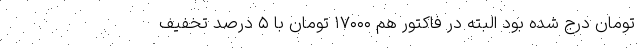
تومان درج شده بود البته در فاکتور هم ۱۷۰۰۰ تومان با ۵ درصد تخفیف